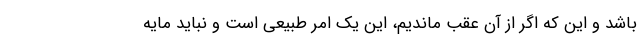
باشد و این که اگر از آن عقب ماندیم، این یک امر طبیعی است و نباید مایه